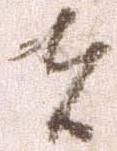
者